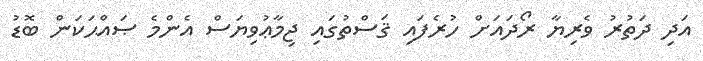
އަދި ދަތުރު ވެރިޔާ ރޯދައަށް ހުރެފައި ޤަސްތުގައި ޖިމާޢުވިޔަސް އެންމެ ޞައްޙަކަން ބޮޑު